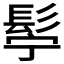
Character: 𮫂